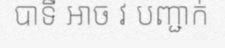
បាទី អាច វ បញ្ជាក់